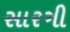
સારગી